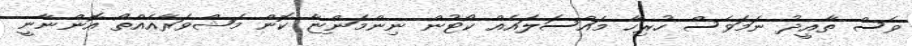
ވެސް ތާއީދު ނަމަވެސް ހުރިހާ މައްސަލައެއް ކޯޓުން ނިންމަންޏާ ކޮން މަޝްވަރާއެއްތޯ އޮންނާނީ